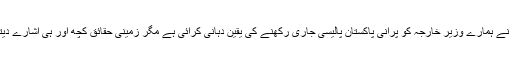
گو چین نے ہمارے وزیر خارجہ کو پرانی پاکستان پالیسی جاری رکھنے کی یقین دہانی کرائی ہے مگر زمینی حقائق کچھ اور ہی اشارے دیتے ہیں۔